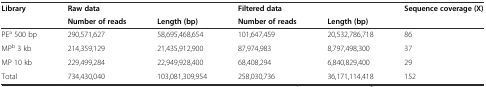
<table><thead><tr><td rowspan="2"><b>Library</b></td><td><b>Raw data</b></td><td></td><td><b>Filtered data</b></td><td></td><td><b>Sequence coverage (X)</b></td></tr><tr><td><b>Number of reads</b></td><td><b>Length (bp)</b></td><td><b>Number of reads</b></td><td><b>Length (bp)</b></td><td></td></tr></thead><tbody><tr><td>PE<sup>a</sup> 500 bp</td><td>290,571,627</td><td>58,695,468,654</td><td>101,647,459</td><td>20,532,786,718</td><td>86</td></tr><tr><td>MP<sup>b</sup> 3 kb</td><td>214,359,129</td><td>21,435,912,900</td><td>87,974,983</td><td>8,797,498,300</td><td>37</td></tr><tr><td>MP 10 kb</td><td>229,499,284</td><td>22,949,928,400</td><td>68,408,294</td><td>6,840,829,400</td><td>29</td></tr><tr><td>Total</td><td>734,430,040</td><td>103,081,309,954</td><td>258,030,736</td><td>36,171,114,418</td><td>152</td></tr></tbody></table>